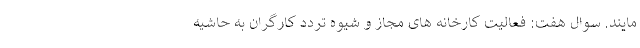
مایند. سوال هفت: فعالیت کارخانه های مجاز و شیوه تردد کارگران به حاشیه